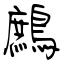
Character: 鷓